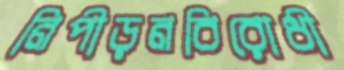
নিপীড়নবিরোধী